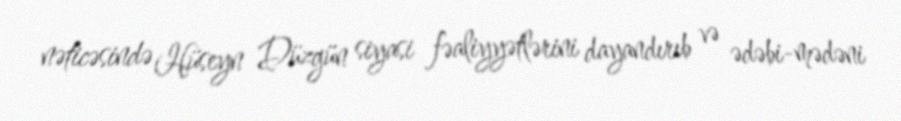
nəticəsində Hüseyn Düzgün siyasi fəaliyyətlərini dayandırıb və ədəbi-mədəni